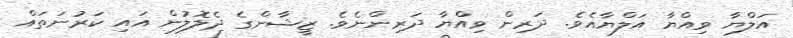
އަލްޔާ ވިއްޔާ އަލްޔާއެވެ. ދަރިން ވިއްޔާ ދަރިންނެވެ. ޒީޝާންގެ ދެލޮލުން އައި ކަރުނަތައް